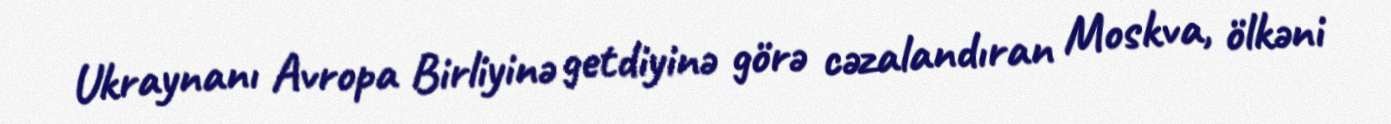
Ukraynanı Avropa Birliyinə getdiyinə görə cəzalandıran Moskva, ölkəni